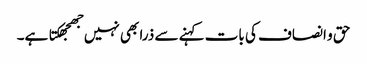
حق و انصاف کی بات کہنے سے ذرا بھی نہیں جھجھکتا ہے۔